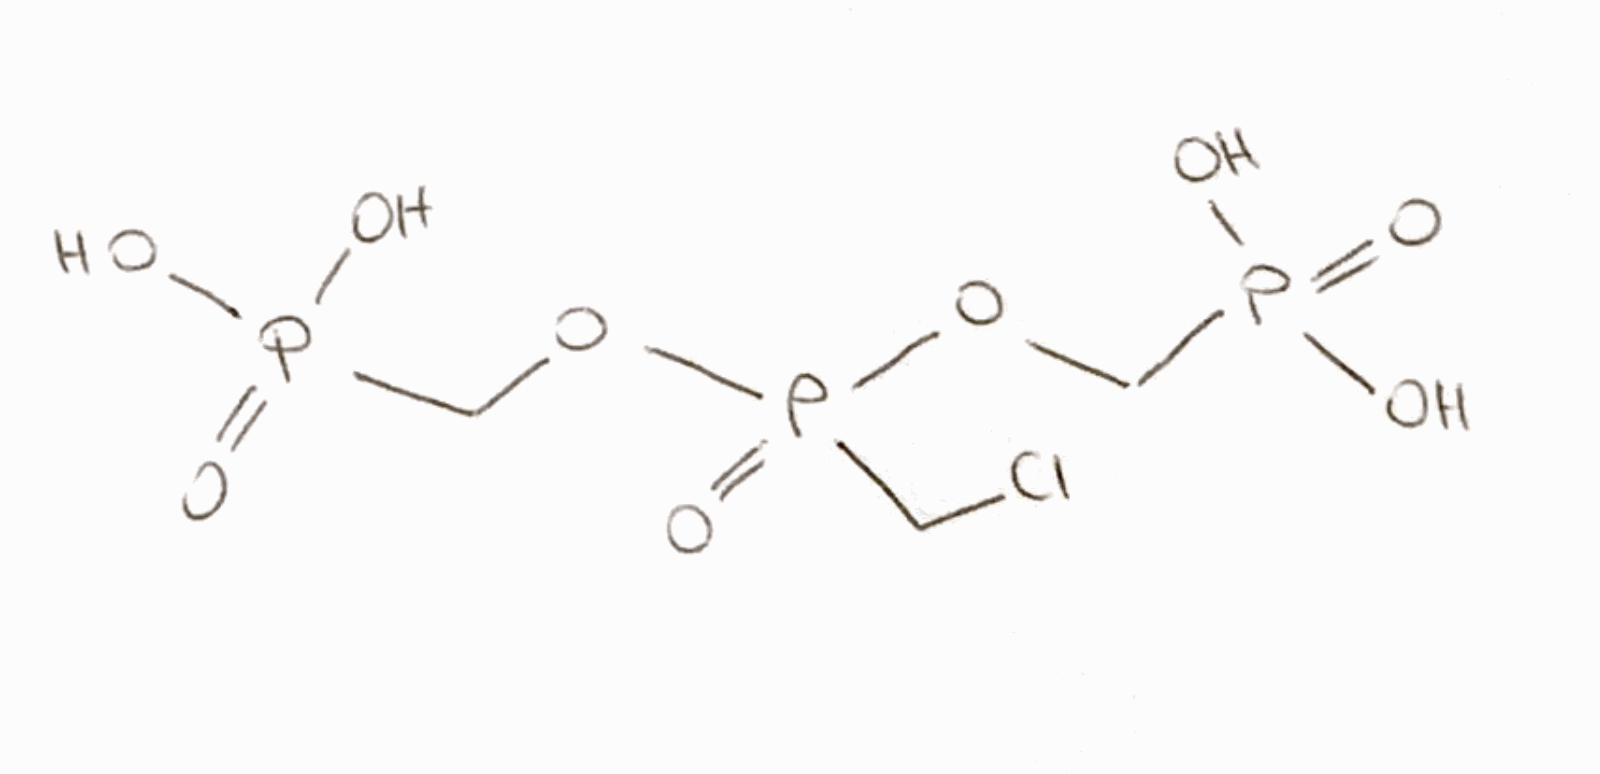
Simplified molecular-input line-entry system (SMILES) notation of the given molecule:
C(OP(=O)(CCl)OCP(=O)(O)O)P(=O)(O)O